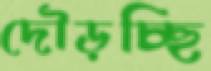
দৌড়চ্ছি